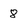
Character: 8